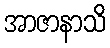
အာဇာနာသိ